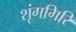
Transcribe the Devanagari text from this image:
शृंगगिरि